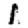
Digit: 1